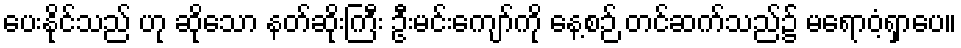
ပေးနိုင်သည် ဟု ဆိုသော နတ်ဆိုးကြီး ဦးမင်းကျော်ကို နေ့စဉ် တင်ဆက်သည်၌ မရောဝံ့ရှာပေ။